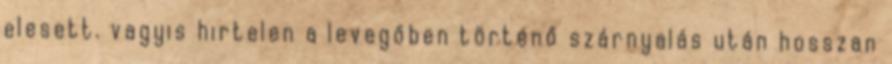
elesett. vagyis hirtelen a levegőben történő szárnyalás után hosszan